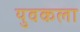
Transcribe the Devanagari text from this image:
युवकला